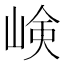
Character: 𡸴